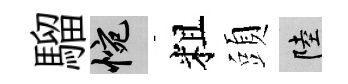
騮惋粗頭陸